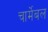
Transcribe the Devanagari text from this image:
चार्मेबल